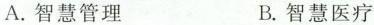
A.智慧管理 B.智慧医疗